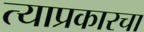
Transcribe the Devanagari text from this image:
त्याप्रकारचा